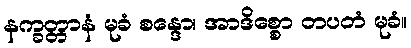
နက္ခတ္တာနံ မုခံ စန္ဒော၊ အာဒိစ္စော တပတံ မုခံ။